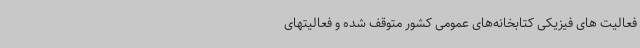
فعالیت‌ های فیزیکی کتابخانه‌های عمومی کشور متوقف شده و فعالیتهای